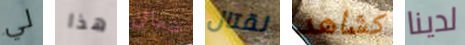
لي هذا ضغائن لقتال كشاهد لدينا